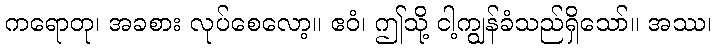
ကရောတု၊ အခစား လုပ်စေလော့။ ဧဝံ၊ ဤသို့ ငါ့ကျွန်ခံသည်ရှိသော်။ အဿ၊